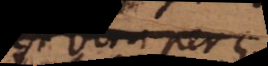
est vera seu